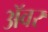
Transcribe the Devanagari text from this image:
अॅवर